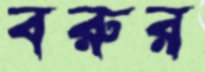
বরুর